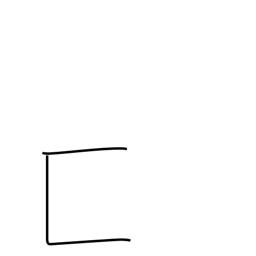
Meaning: box-on-side enclosure radical (no. 22)